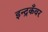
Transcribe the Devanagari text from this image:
इन्द्रकँवर